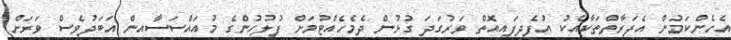
އެހެންކަމުން އެފަރާތްތަކާއެކު އުފެދިފައިއޮތް ވަރުގަދަ ގުޅުން ދެމެހެއްޓުމަށް ފުލުހުންގެ މުއައްސަސާއިން އަބަދުވެސް ވަރަށް